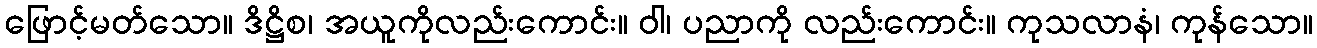
ဖြောင့်မတ်သော။ ဒိဋ္ဌိစ၊ အယူကိုလည်းကောင်း။ ဝါ၊ ပညာကို လည်းကောင်း။ ကုသလာနံ၊ ကုန်သော။